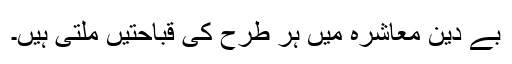
بے دین معاشرہ میں ہر طرح کی قباحتیں ملتی ہیں۔